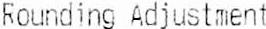
ROUNDING ADJUSTMENT